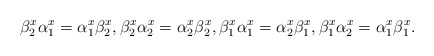
\begin{align*} \beta^x_2 \alpha^x_1 = \alpha^x_1 \beta^x_2, \beta^x_2 \alpha^x_2 = \alpha^x_2 \beta^x_2, \beta^x_1 \alpha^x_1 = \alpha^x_2 \beta^x_1, \beta^x_1 \alpha^x_2 = \alpha^x_1 \beta^x_1.\end{align*}